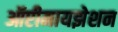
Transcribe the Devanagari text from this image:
ऑप्टीमायझेशन